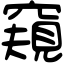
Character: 窺